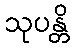
သုပန္တိ